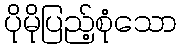
ပိုမိုပြည့်စုံသော